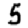
Digit: 5